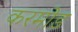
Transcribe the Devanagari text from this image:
करमोड